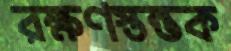
রক্ষণস্তম্ভক